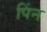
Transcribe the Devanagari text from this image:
पिंन